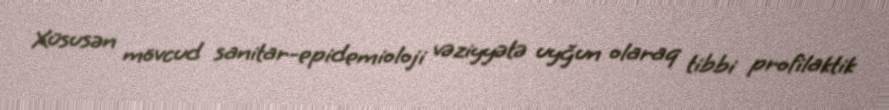
Xüsusən mövcud sanitar-epidemioloji vəziyyətə uyğun olaraq tibbi profilaktik